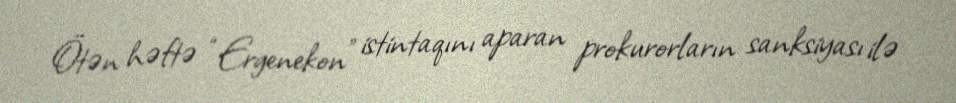
Ötən həftə “Ergenekon” istintaqını aparan prokurorların sanksiyası ilə